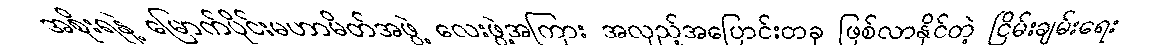
အစိုးရနဲ့ မြောက်ပိုင်းမဟာမိတ်အဖွဲ့ လေးဖွဲ့အကြား အလှည့်အပြောင်းတခု ဖြစ်လာနိုင်တဲ့ ငြိမ်းချမ်းရေး